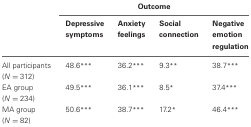
|  | <COLSPAN=4> Outcome |
 |  | Depressive symptoms | Anxiety feelings | Social connection | Negative emotion regulation |
 | --- | --- | --- | --- | --- |
 | All participants (N = 312) | 48.6*** | 36.2*** | 9.3** | 38.7*** |
 | EA group (N = 234) | 49.5*** | 36.1*** | 8.5* | 37.4*** |
 | MA group (N = 82) | 50.6*** | 38.7*** | 17.2* | 46.4*** |